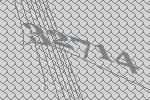
32714